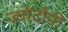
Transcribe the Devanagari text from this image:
ज्योर्दानी